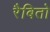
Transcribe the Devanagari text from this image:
रैबितो